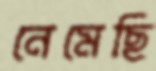
নেমেছি